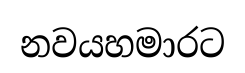
නවයහමාරට